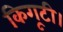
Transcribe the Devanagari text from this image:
किगूटी।